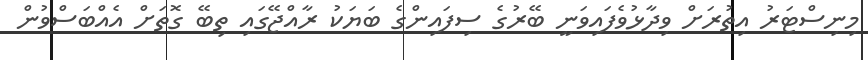
މިނިސްޓަރު އިތުރަށް ވިދާޅުވެފައިވަނީ ބޭރުގެ ސިފައިންގެ ބަޔަކު ރާއްޖޭގައި ތިބޭ ގޮތަށް އެއްބަސްވުން